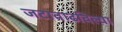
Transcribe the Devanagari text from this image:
जटावाढविल्या